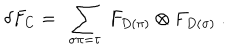
LaTeX: \delta F _ { C } = \ \sum _ { \sigma \pi = \tau } \ F _ { D ( \pi ) } \otimes F _ { D ( \sigma ) } \ .